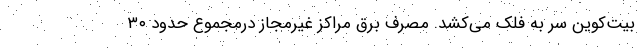
بیت‌کوین سر به فلک می‌کشد. مصرف برق مراکز غیرمجاز درمجموع حدود ۳۰